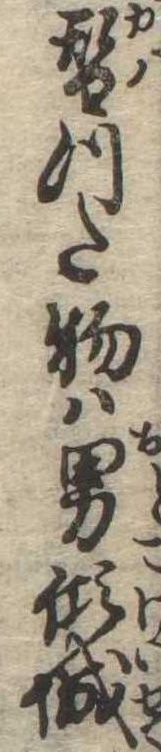
替つた物は男傾城